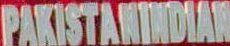
PAKISTANINDIAN